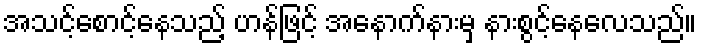
အသင့်စောင့်နေသည့် ဟန်ဖြင့် အနောက်နားမှ နားစွင့်နေလေသည်။